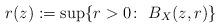
LaTeX: \begin{align*}r(z):=\sup\{r>0\colon \ B_X(z,r)\}\end{align*}